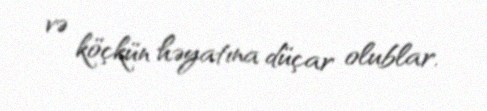
və köçkün həyatına düçar olublar.